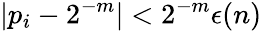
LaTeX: |p_{i}-2^{-m}|<2^{-m}\epsilon(n)